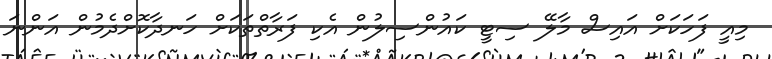
މިއީ ފަހަކަށް އައިސް މާލޭ ސިޓީ ކައުންސިލުން އެކި ފަރާތްތަކަށް ހަނދާކޮށްދެމުން އަންނަ